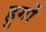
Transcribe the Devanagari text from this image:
हुर्गो